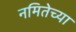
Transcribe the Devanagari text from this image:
नमितेच्या